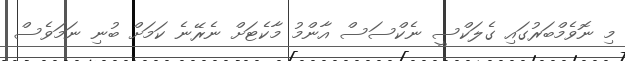
މި ނޮވެމްބަރުގައި ގެލަކްސީ ނެކްސަސް އާންމު މާކެޓަށް ނެރޭނެ ކަމަށް ބުނި ނަމަވެސް